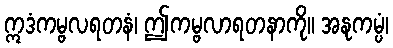
ဣဒံကမ္ဗလရတနံ၊ ဤကမ္ဗလာရတနာကို။ အနုကမ္ပံ၊